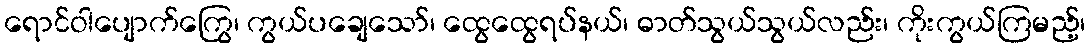
ရောင်ဝါပျောက်ကြွေ၊ ကွယ်ပချေသော်၊ ထွေထွေရပ်နယ်၊ ဓာတ်သွယ်သွယ်လည်း၊ ကိုးကွယ်ကြမည့်၊